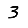
Digit: 3